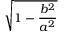
\sqrt { 1 - { \frac { b ^ { 2 } } { a ^ { 2 } } } }